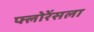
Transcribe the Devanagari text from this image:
फ्लोरेंसला